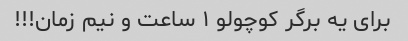
برای یه برگر کوچولو ۱ ساعت و نیم زمان!!!